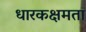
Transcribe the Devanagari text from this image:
धारकक्षमता